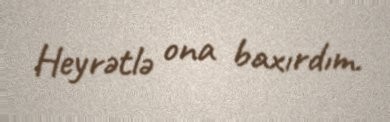
Heyrətlə ona baxırdım.